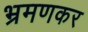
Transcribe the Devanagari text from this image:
भ्रमणकर